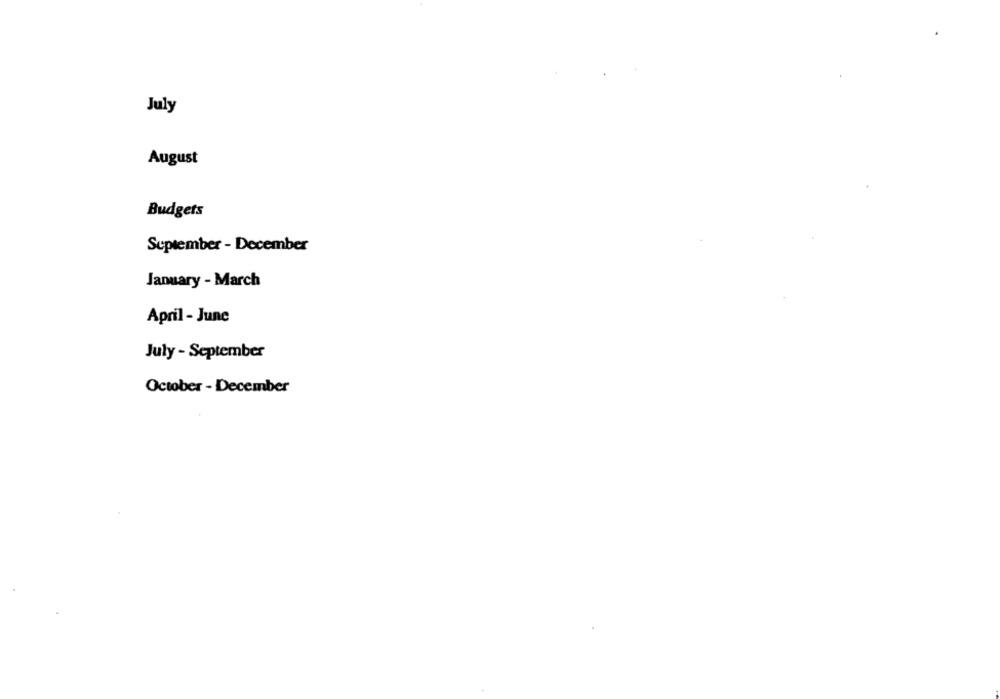
July
August
Budgets
September - December
January - March
April - June
July - September
October - December